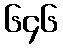
၆၄၆